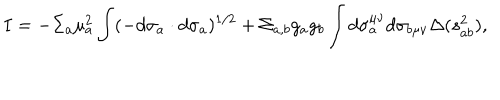
I = - \Sigma _ { a } \mu _ { a } ^ { 2 } \int ( - d \sigma _ { a } \cdot d \sigma _ { a } ) ^ { 1 / 2 } + \Sigma _ { a , b } g _ { a } g _ { b } \int d \sigma _ { a } ^ { \mu \nu } d \sigma _ { b \mu \nu } \Delta ( s _ { a b } ^ { 2 } ) ,